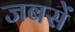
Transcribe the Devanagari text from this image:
जबसें